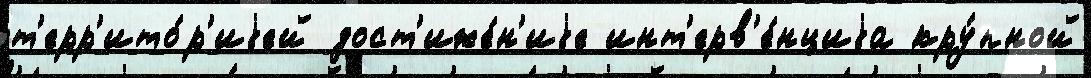
т'ерр'ито́р'иjей дост'иже́н'иjе инт'ерв'е́нциjа кру́пной